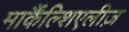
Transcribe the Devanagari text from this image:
मार्कैंल्शिएलीज़